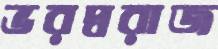
ভরদ্বরাজ